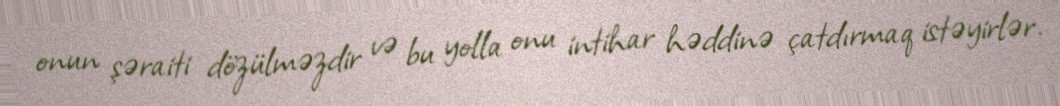
onun şəraiti dözülməzdir və bu yolla onu intihar həddinə çatdırmaq istəyirlər.